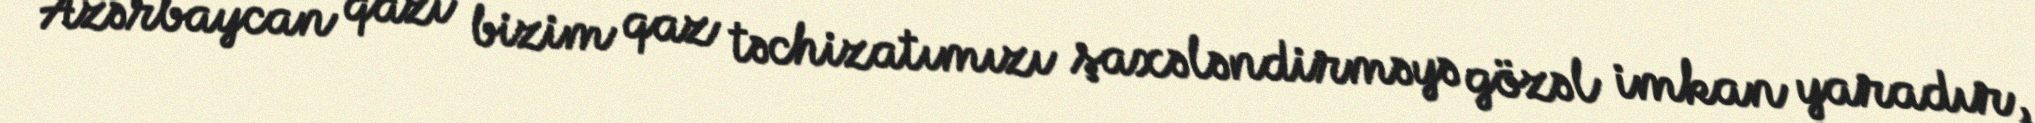
Azərbaycan qazı bizim qaz təchizatımızı şaxələndirməyə gözəl imkan yaradır,